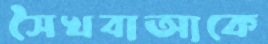
সৈখবাআকে